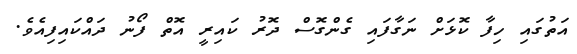
އަތުގައި ހިފާ ކޮޅަށް ނަގާފައި ގެންގޮސް ދޮރު ކައިރީ އޮތް ފޯނު ދައްކައިފިއެވެ.